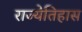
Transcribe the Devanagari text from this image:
राज्येतिहास